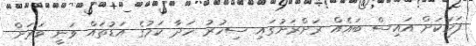
ފަހަކަށް އައިސް ބައެއް ރަށްރަށުގައި ސިހުރު ހަދާ ކަމުގެ އަޑުތައް ވަނީ ވަރަށް